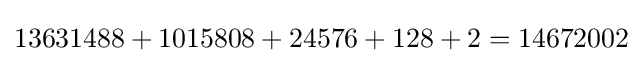
13631488+1015808+24576+128+2=14672002